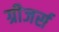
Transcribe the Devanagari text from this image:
ग्रीजर्स